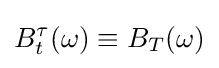
B_{t}^{\tau }(\omega )\equiv B_{T}(\omega )